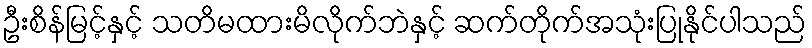
ဦးစိန်မြင့်နှင့် သတိမထားမိလိုက်ဘဲနှင့် ဆက်တိုက်အသုံးပြုနိုင်ပါသည်